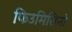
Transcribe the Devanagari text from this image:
फिउमिसिनो